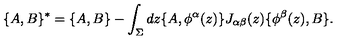
\{ A , B \} ^ { * } = \{ A , B \} - \int _ { \Sigma } d z \{ A , \phi ^ { \alpha } ( z ) \} J _ { \alpha \beta } ( z ) \{ \phi ^ { \beta } ( z ) , B \} .